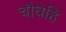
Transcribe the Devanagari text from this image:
चौघेहि